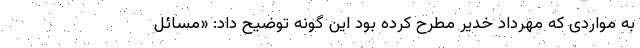
به مواردی که مهرداد خدیر مطرح کرده بود این گونه توضیح داد: «مسائل